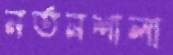
নর্তনশালা